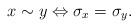
LaTeX: \begin{align*}x\sim y\Leftrightarrow\sigma_x=\sigma_y.\end{align*}